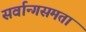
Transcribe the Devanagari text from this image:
सर्वान्गसमता